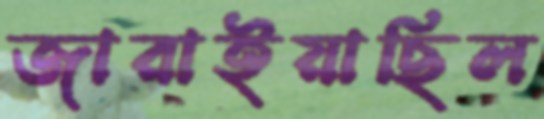
জারাইয়াছিল